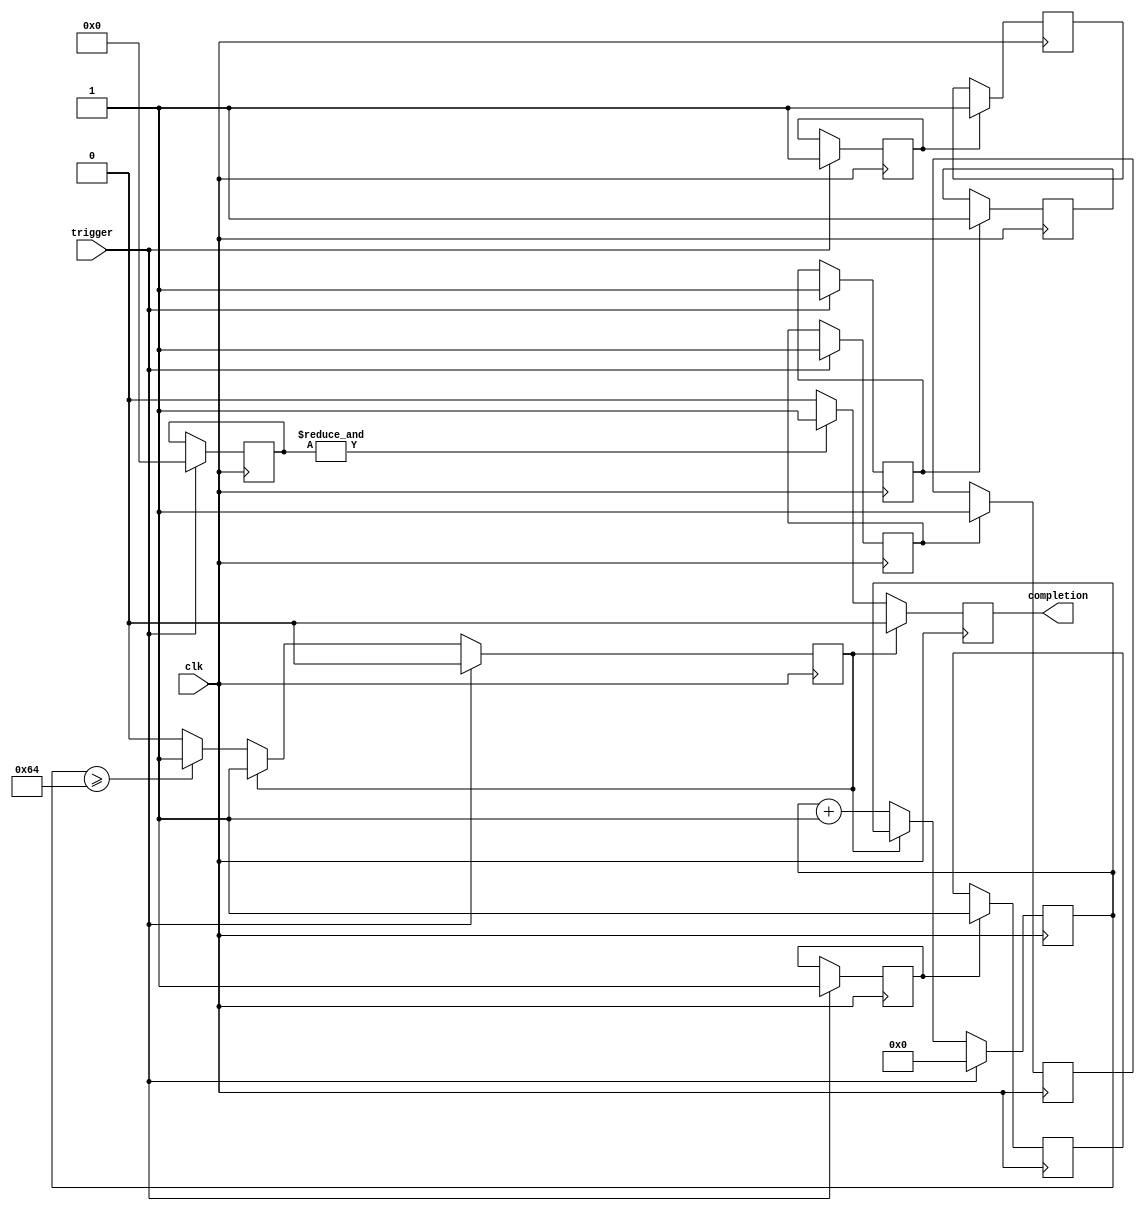
module ForkJoinAll (
    input wire clk,                // Clock signal
    input wire trigger,            // Trigger signal to start processes
    output reg completion          // Completion signal
);

    // Parameters
    parameter NUM_PROCESSES = 4;  // Number of concurrent processes
    parameter TIMEOUT = 100;       // Timeout duration (in clock cycles)

    // Internal signals
    reg [NUM_PROCESSES-1:0] done;  // Completion flags for each process
    reg [7:0] timeout_counter;      // Timeout counter
    reg timeout;                    // Timeout flag

    // Process instantiation (example processes)
    always @(posedge clk) begin
        if (trigger) begin
            // Reset done flags and timeout counter
            done <= 0;
            timeout <= 0;
            timeout_counter <= 0;
        end else if (!timeout) begin
            // Increment timeout counter
            timeout_counter <= timeout_counter + 1;
            if (timeout_counter >= TIMEOUT) begin
                timeout <= 1; // Set timeout flag
            end
        end
    end

    // Example concurrent processes
    generate
        genvar i;
        for (i = 0; i < NUM_PROCESSES; i = i + 1) begin : process_block
            reg process_done; // Local completion flag for each process
            initial begin
                process_done = 0;
            end

            // Simulate process execution
            always @(posedge clk) begin
                if (trigger) begin
                    // Simulate some operation (e.g., wait for a few cycles)
                    // Here we just set the done flag after a fixed delay
                    #10 process_done <= 1; // Simulate process completion after 10 time units
                end
            end

            // Assign to the global done signal
            always @(posedge clk) begin
                if (process_done) begin
                    done[i] <= 1; // Mark this process as done
                end
            end
        end
    endgenerate

    // Join phase: Check if all processes are done
    always @(posedge clk) begin
        if (!timeout) begin
            if (&done) begin
                completion <= 1; // All processes completed
            end else begin
                completion <= 0; // Not all processes completed
            end
        end else begin
            completion <= 0; // Reset completion on timeout
        end
    end

endmodule